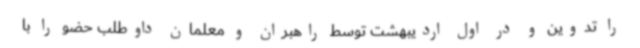
را تدوین و در اول اردیبهشت توسط راهبران و معلمان داوطلب حضو را با